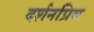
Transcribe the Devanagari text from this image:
दर्शनप्रिय